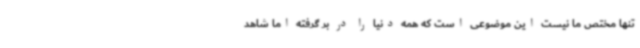
تنها مختص ما نیست این موضوعی است که همه دنیا را در بر گرفته اما شاهد